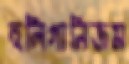
হুলিগানিজম